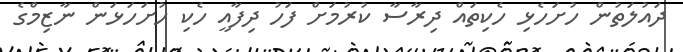
ދައުލަތުން ހުށަހެޅި ހެކިތައް ދިރާސާ ކުރުމަށް ފަހު ދިފާއީ ހެކި ހުށަހަޅަން ނާޒިމްގެ